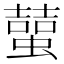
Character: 𧑭